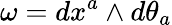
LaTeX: \omega=dx^{a}\wedge d\theta_{a}